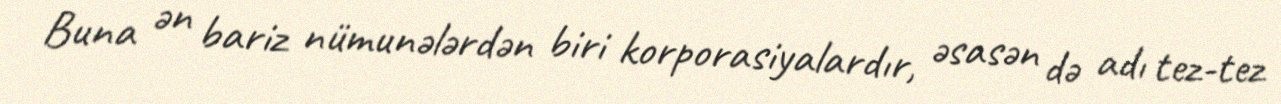
Buna ən bariz nümunələrdən biri korporasiyalardır, əsasən də adı tez-tez